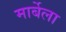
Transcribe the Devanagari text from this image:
मार्बेला